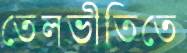
তেলভীতিতে